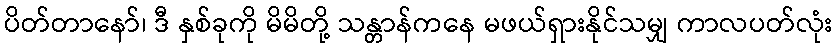
ပိတ်တာနော်၊ ဒီ နှစ်ခုကို မိမိတို့ သန္တာန်ကနေ မဖယ်ရှားနိုင်သမျှ ကာလပတ်လုံး